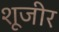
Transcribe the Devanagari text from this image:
शूजीर